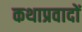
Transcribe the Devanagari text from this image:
कथाप्रवादों